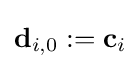
\mathbf {d} _{i,0}:=\mathbf {c} _{i}